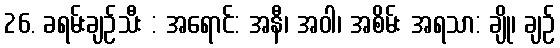
26. ခရမ်းချဉ်သီး : အရောင်: အနီ၊ အဝါ၊ အစိမ်း အရသာ: ချို၊ ချဉ်